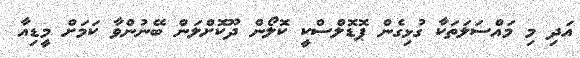
އަދި މި މައްސަލަތަކާ ގުޅިގެން ޕޮޑޮލްސްކީ ކޮލޯން ދޫކޮށްލަން ބޭނުންވާ ކަމަށް މީޑިއާ